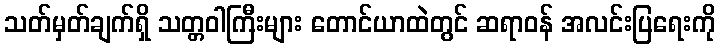
သတ်မှတ်ချက်ရှိ သတ္တဝါကြီးများ တောင်ယာထဲတွင် ဆရာဝန် အလင်းပြရေးကို